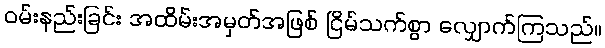
ဝမ်းနည်းခြင်း အထိမ်းအမှတ်အဖြစ် ငြိမ်သက်စွာ လျှောက်ကြသည်။